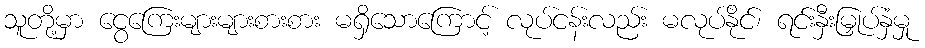
သူတို့မှာ ငွေကြေးများများစားစား မရှိသောကြောင့် လုပ်ငန်းလည်း မလုပ်နိုင်၊ ရင်းနှီးမြှုပ်နှံမှု